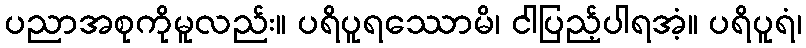
ပညာအစုကိုမူလည်း။ ပရိပူရဿောမိ၊ ငါပြည့်ပါရအံ့။ ပရိပူရံ၊